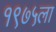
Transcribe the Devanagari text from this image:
१९७५ला